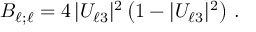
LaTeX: B _ { { \ell } ; { \ell } } = 4 \, | U _ { { \ell } 3 } | ^ { 2 } \left( 1 - | U _ { { \ell } 3 } | ^ { 2 } \right) \, .